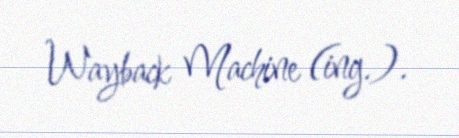
Wayback Machine (ing.).